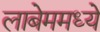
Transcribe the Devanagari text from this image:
लाबेममध्ये